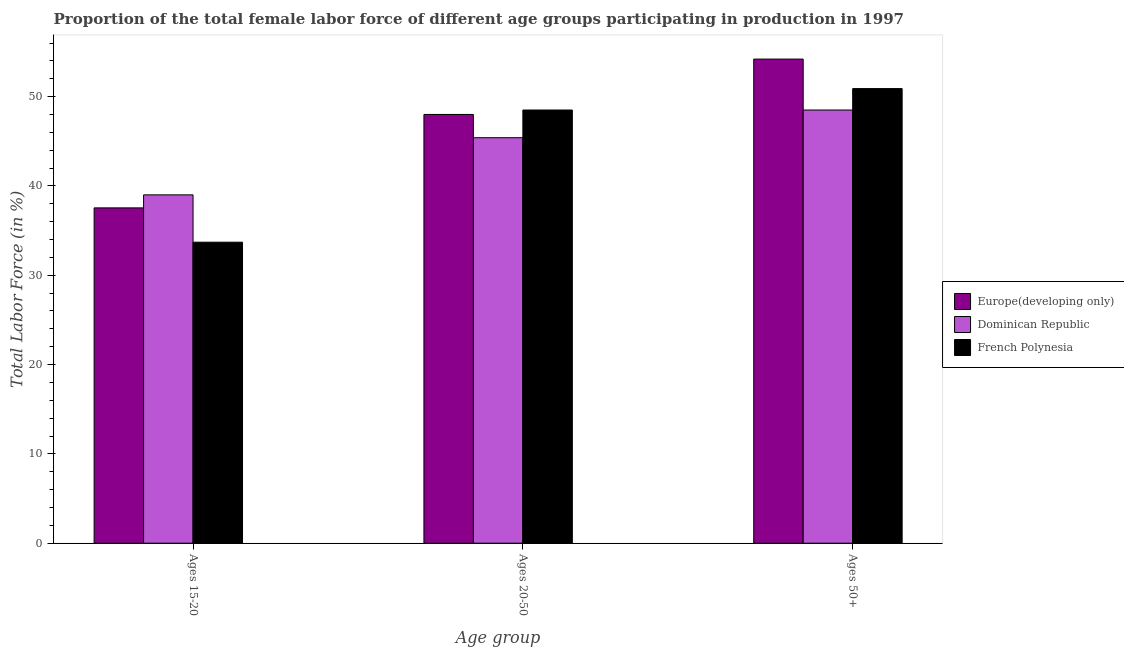
| Age group | Europe(developing only) | Dominican Republic | French Polynesia |
 | --- | --- | --- | --- |
 | Ages 15-20 | 37.5 | 39 | 33.7 |
 | Ages 20-50 | 48 | 45.4 | 48.5 |
 | Ages 50+ | 54.2 | 48.5 | 50.9 |